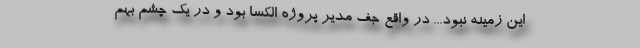
این زمینه نبود... در واقع جف مدیر پروژه الکسا بود و در یک چشم بهم